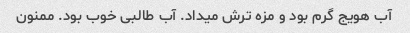
آب هویج گرم بود و مزه ترش میداد. آب طالبی خوب بود. ممنون